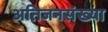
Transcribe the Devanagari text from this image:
अतिजनसंख्या